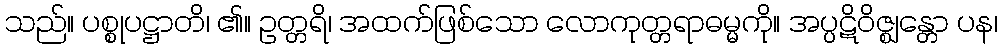
သည်။ ပစ္စုပဋ္ဌာတိ၊ ၏။ ဥတ္တရိ၊ အထက်ဖြစ်သော လောကုတ္တရာဓမ္မကို။ အပ္ပဋိဝိဇ္ဈန္တော ပန၊